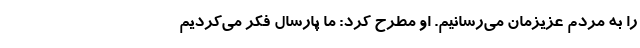
را به مردم عزیزمان می‌رسانیم. او مطرح کرد: ما پارسال فکر می‌کردیم